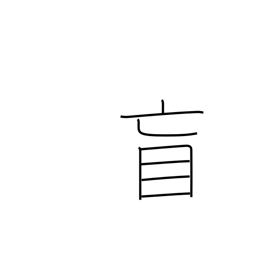
Meaning: blind